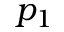
p _ { 1 }